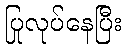
ပြုလုပ်နေပြီး